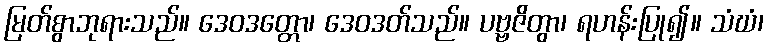
မြတ်စွာဘုရားသည်။ ဒေဝဒတ္တော၊ ဒေဝဒတ်သည်။ ပဗ္ဗဇိတွာ၊ ရဟန်းပြု၍။ သံဃံ၊